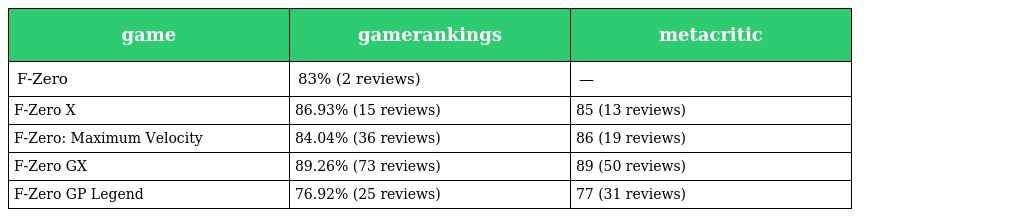
| game | gamerankings | metacritic |
 | --- | --- | --- |
 | F-Zero | 83% (2 reviews) | — |
 | F-Zero X | 86.93% (15 reviews) | 85 (13 reviews) |
 | F-Zero: Maximum Velocity | 84.04% (36 reviews) | 86 (19 reviews) |
 | F-Zero GX | 89.26% (73 reviews) | 89 (50 reviews) |
 | F-Zero GP Legend | 76.92% (25 reviews) | 77 (31 reviews) |